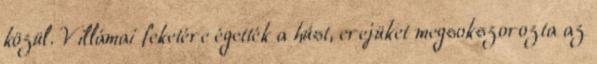
közül. Villámai feketére égették a húst, erejüket megsokszorozta az